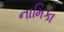
નામિકા